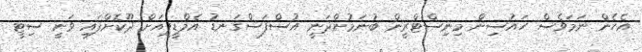
އެހެން ނަމަވެސް ހައުސިން މިނިސްޓްރީން ބުނަމުންދަނީ އުސްފަސްގަނޑު އެމްޑީޕީއަށް ދޫކޮށްފައި ވަނީ ސިޓީ